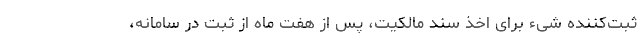
ثبت‌کننده شیء برای اخذ سند مالکیت، پس از هفت ماه از ثبت در سامانه،